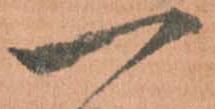
一